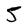
Character: 5